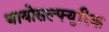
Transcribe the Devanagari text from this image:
थायोसल्फ्युरिक